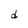
Character: d